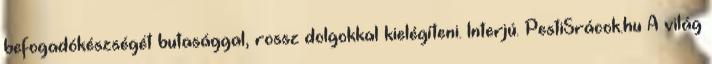
befogadókészségét butasággal, rossz dolgokkal kielégíteni. Interjú. PestiSrácok.hu A világ